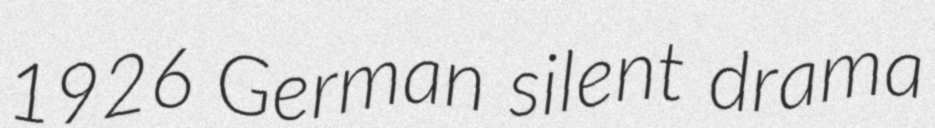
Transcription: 1926 German silent drama